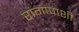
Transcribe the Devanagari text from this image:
रागापाशी